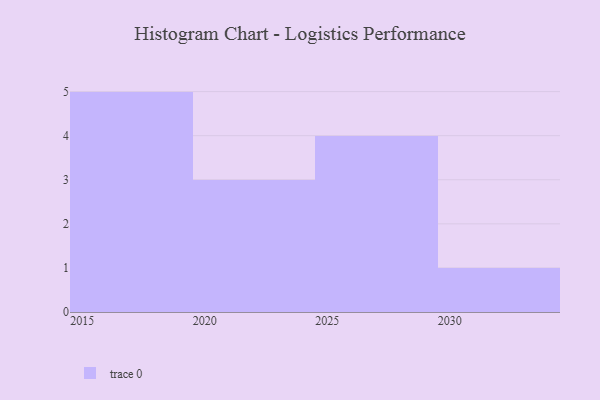
{"axis": {"x": "Year", "y": "Customer Acquisition Cost (USD)"}, "legend": [""], "data": [{"x": "2030", "y": 19, "type": ""}, {"x": "2016", "y": 76, "type": ""}, {"x": "2025", "y": 100, "type": ""}, {"x": "2028", "y": 32, "type": ""}, {"x": "2022", "y": 44, "type": ""}, {"x": "2017", "y": 27, "type": ""}, {"x": "2019", "y": 15, "type": ""}, {"x": "2015", "y": 61, "type": ""}, {"x": "2024", "y": 32, "type": ""}, {"x": "2029", "y": 13, "type": ""}, {"x": "2021", "y": 84, "type": ""}, {"x": "2018", "y": 33, "type": ""}, {"x": "2027", "y": 17, "type": ""}]}